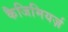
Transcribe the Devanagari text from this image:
कैजिमियर्ज़